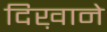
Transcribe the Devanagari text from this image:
दिख़ाने